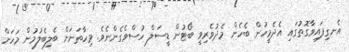
އެނގިފައިވާގޮތުގައި އެދެމީހުން ބެހެން މެދުވެރިވީ ބޯޓުން ޑީސަލް ހުސްވެގެންނެވެ. މިހާތަނަށް ބެލިބެލުމުން މަހަށް